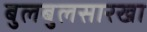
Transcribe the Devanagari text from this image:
बुलबुलसारखा